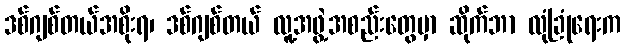
ဒစ်ဂျစ်တယ်အစိုးရ၊ ဒစ်ဂျစ်တယ် လူ့အဖွဲ့အစည်းတွေမှာ ဆိုက်ဘာ လုံခြုံရေးက